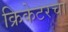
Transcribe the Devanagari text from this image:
क्रिकेटरचा